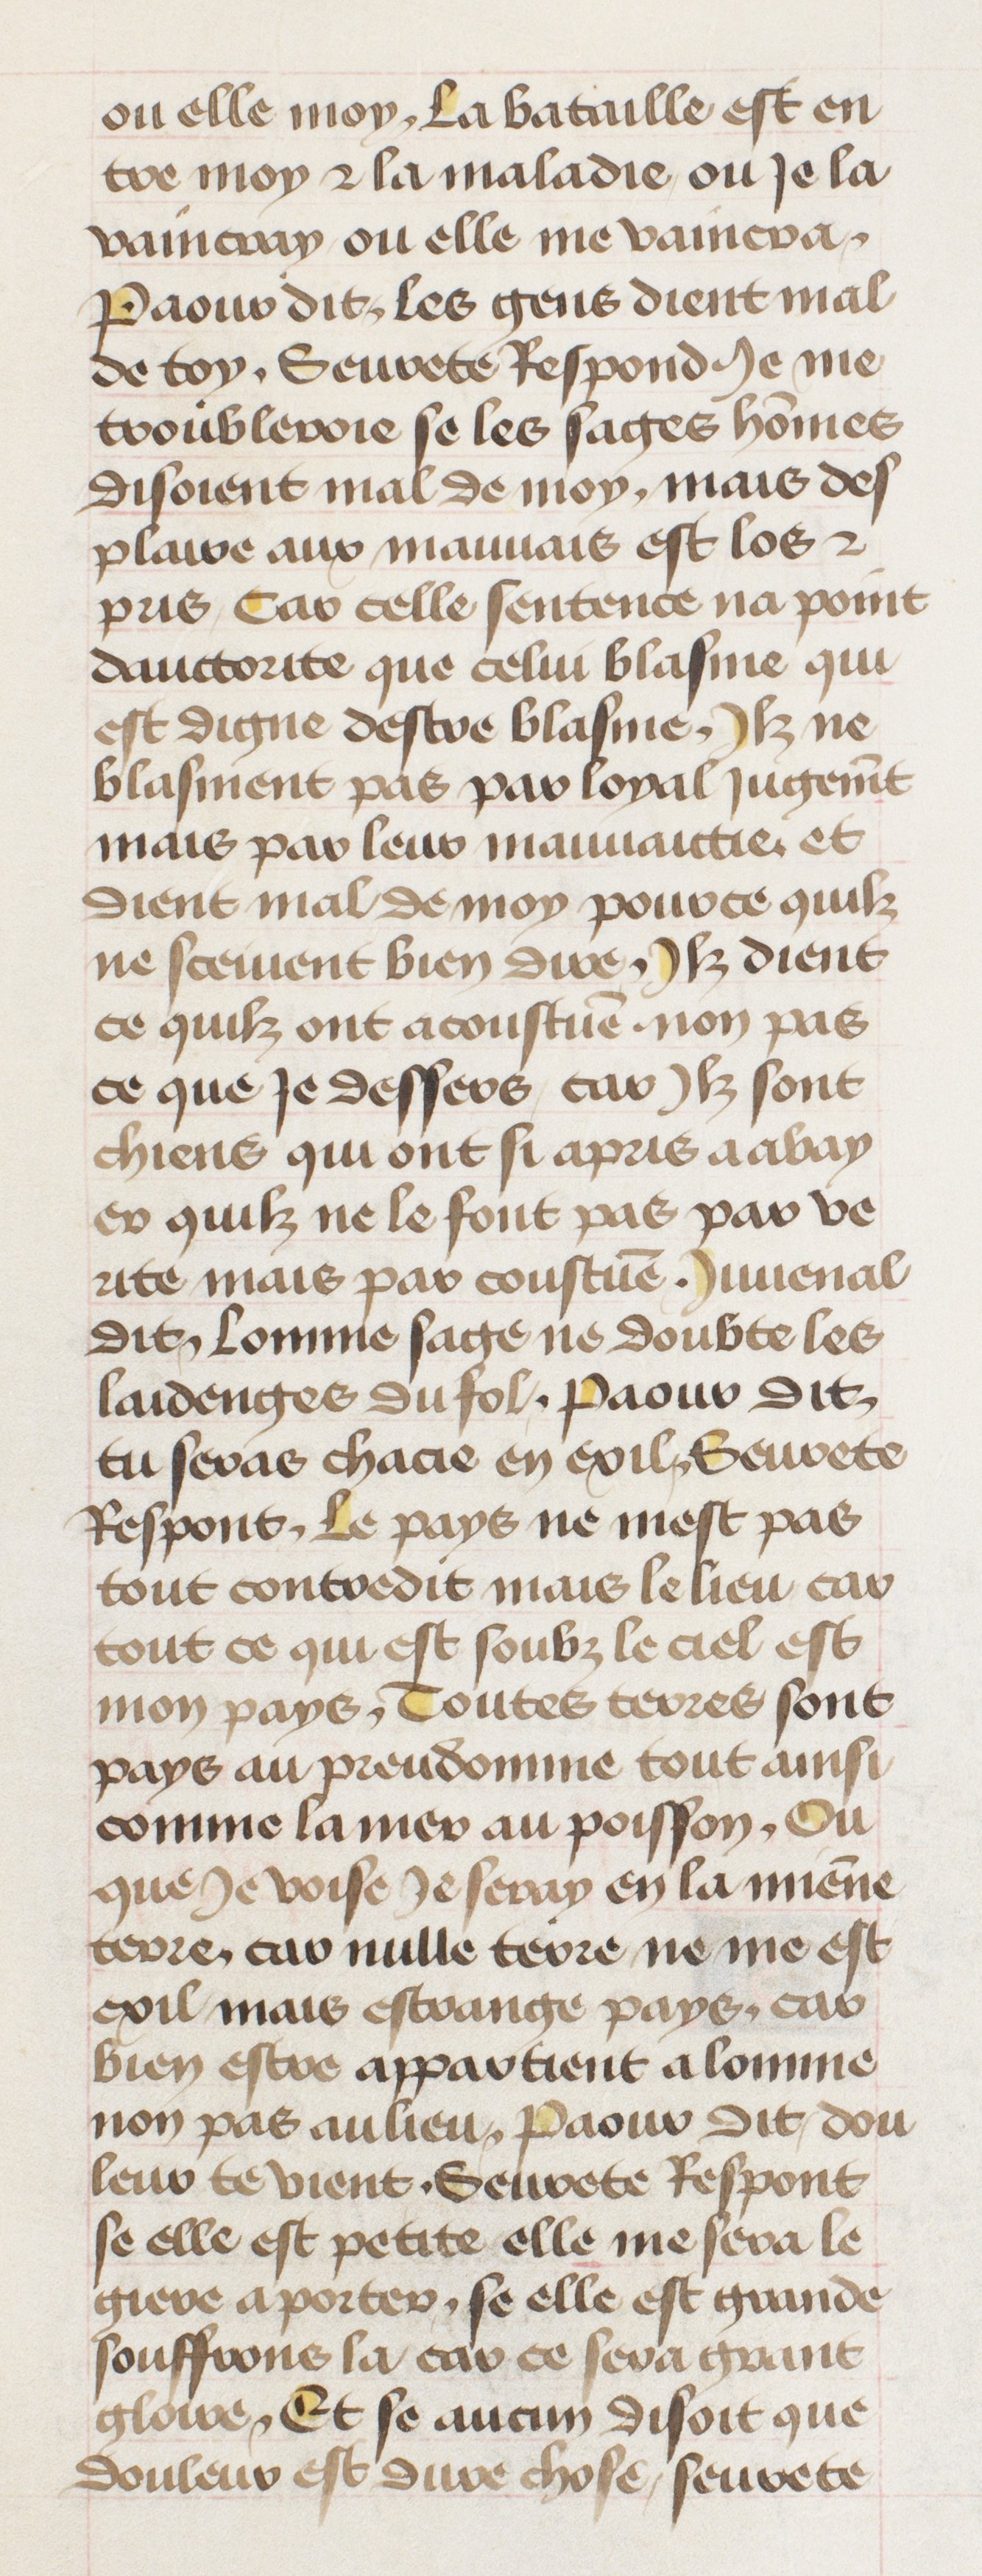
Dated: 1435–1495